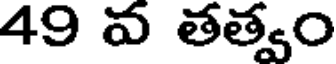
49 వ తత్వం